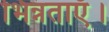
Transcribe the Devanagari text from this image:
भिन्नताएँ।